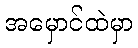
အမှောင်ထဲမှာ